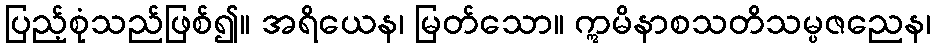
ပြည့်စုံသည်ဖြစ်၍။ အရိယေန၊ မြတ်သော။ ဣမိနာစသတိသမ္ပဇညေန၊